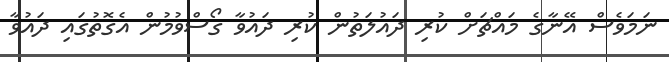
ނަމަވެސް އޭނާގެ މައްޗަށް ކުރި ދައުލަތުން ކުރި ދައުވާ ގޯސްވުމުން އެގޮތުގައި ދައުވާ